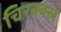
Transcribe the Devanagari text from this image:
चिरक्क्ल